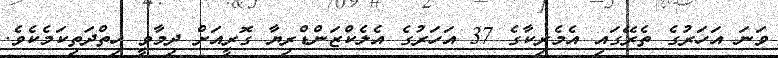
ވަނަ އަހަރުގެ ތެރޭގައި އެމެރިކާގެ 37 އަހަރުގެ އެލެކްޒަންޑްރިޔާ ގޮރީއަށް ދިމާވީ ހިތްދަތިކަމެކެވެ.